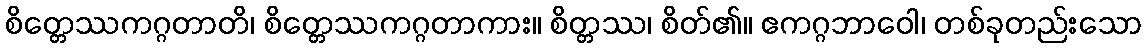
စိတ္တေဿကဂ္ဂတာတိ၊ စိတ္တေဿကဂ္ဂတာကား။ စိတ္တဿ၊ စိတ်၏။ ဧကဂ္ဂဘာဝေါ၊ တစ်ခုတည်းသော